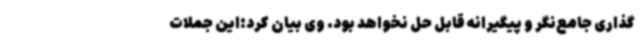
‌گذاری جامع‌نگر و پیگیرانه قابل حل نخواهد بود. وی بیان کرد:این جملات